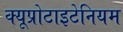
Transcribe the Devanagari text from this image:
क्यूप्रोटाइटेनियम